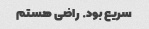
سریع بود. راضی هستم